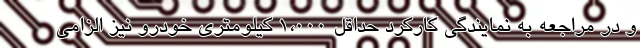
و در مراجعه به نمايندگي كاركرد حداقل 1،000 كيلومتري خودرو نيز الزامي